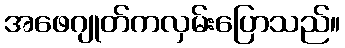
အဖေဂျုတ်ကလှမ်းပြောသည်။